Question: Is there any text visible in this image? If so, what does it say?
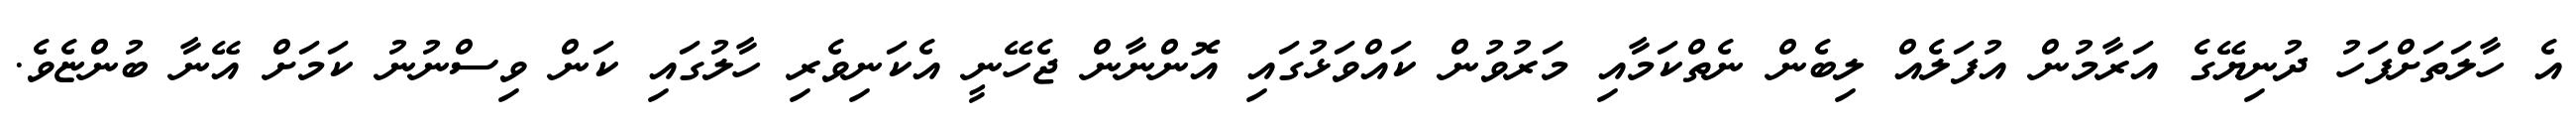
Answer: އެ ހާލަތަށްފަހު ދުނިޔޭގެ އަރާމުން އުފަލެއް ލިބެން ނެތްކަމާއި މަރުވުން ކައްވަޅުގައި އޮންނާން ޖެހޭނީ އެކަނިވެރި ހާލުގައި ކަން ވިސްނުނު ކަމަށް އޭނާ ބުންޏެވެ.